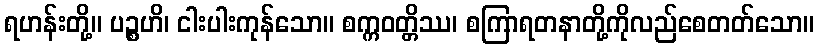
ရဟန်းတို့။ ပဉ္စဟိ၊ ငါးပါးကုန်သော။ စက္ကဝတ္တိဿ၊ စကြာရတနာတို့ကိုလည်စေတတ်သော။